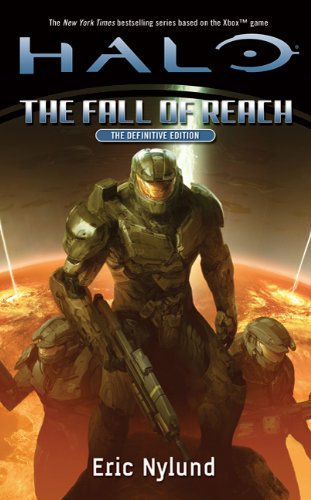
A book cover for Halo: The Fall of Reach; Eric Nylund; Science Fiction & Fantasy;